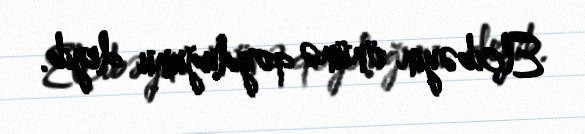
Elçibəyin önünə qoyduğunu deyib.